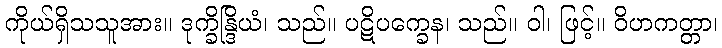
ကိုယ်ရှိသသူအား။ ဒုက္ခိန္ဒြိယံ၊ သည်။ ပဋိပက္ခေန၊ သည်။ ဝါ၊ ဖြင့်။ ဝိဟကတ္တာ၊